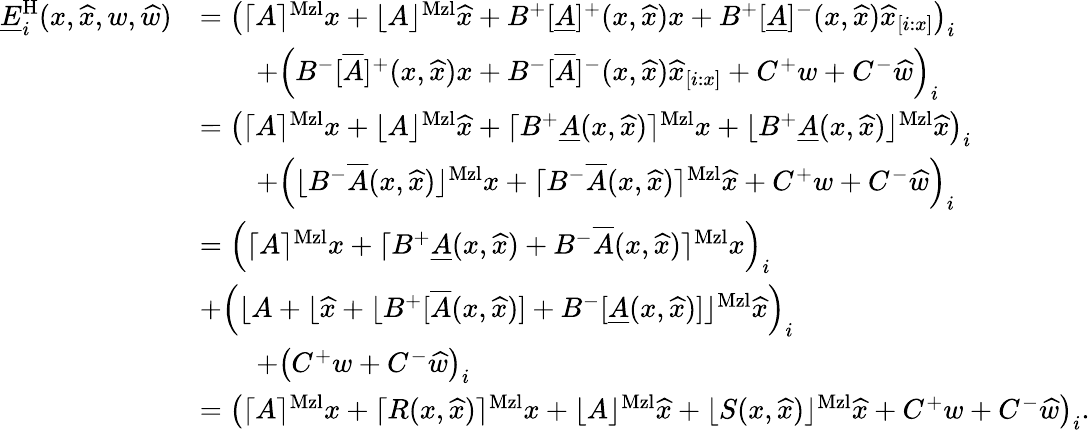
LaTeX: \begin{array}{rl}{\underline{{E}}_{i}^{\mathrm{H}}(x,\widehat{x},w,\widehat{w})}&{=\left(\lceil A\rceil^{\mathrm{Mzl}}x+\lfloor A\rfloor^{\mathrm{Mzl}}\widehat{x}+B^{+}[\underline{{A}}]^{+}(x,\widehat{x})x+B^{+}[\underline{{A}}]^{-}(x,\widehat{x})\widehat{x}_{[i:x]}\right)_{i}}\\ &{\qquad+\left(B^{-}[\overline{{A}}]^{+}(x,\widehat{x})x+B^{-}[\overline{{A}}]^{-}(x,\widehat{x})\widehat{x}_{[i:x]}+C^{+}w+C^{-}\widehat{w}\right)_{i}}\\ &{=\left(\lceil A\rceil^{\mathrm{Mzl}}x+\lfloor A\rfloor^{\mathrm{Mzl}}\widehat{x}+\lceil B^{+}\underline{{A}}(x,\widehat{x})\rceil^{\mathrm{Mzl}}x+\lfloor B^{+}\underline{{A}}(x,\widehat{x})\rfloor^{\mathrm{Mzl}}\widehat{x}\right)_{i}}\\ &{\qquad+\left(\lfloor B^{-}\overline{{A}}(x,\widehat{x})\rfloor^{\mathrm{Mzl}}x+\lceil B^{-}\overline{{A}}(x,\widehat{x})\rceil^{\mathrm{Mzl}}\widehat{x}+C^{+}w+C^{-}\widehat{w}\right)_{i}}\\ &{=\left(\lceil A\rceil^{\mathrm{Mzl}}x+\lceil B^{+}\underline{{A}}(x,\widehat{x})+B^{-}\overline{{A}}(x,\widehat{x})\rceil^{\mathrm{Mzl}}x\right)_{i}}\\ &{+\left(\lfloor A+\lfloor\widehat{x}+\lfloor B^{+}[\overline{{A}}(x,\widehat{x})]+B^{-}[\underline{{A}}(x,\widehat{x})]\rfloor^{\mathrm{Mzl}}\widehat{x}\right)_{i}}\\ &{\qquad+\left(C^{+}w+C^{-}\widehat{w}\right)_{i}}\\ &{=\left(\lceil A\rceil^{\mathrm{Mzl}}x+\lceil R(x,\widehat{x})\rceil^{\mathrm{Mzl}}x+\lfloor A\rfloor^{\mathrm{Mzl}}\widehat{x}+\lfloor S(x,\widehat{x})\rfloor^{\mathrm{Mzl}}\widehat{x}+C^{+}w+C^{-}\widehat{w}\right)_{i}.}\end{array}